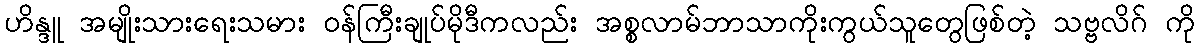
ဟိန္ဒူ အမျိုးသားရေးသမား ဝန်ကြီးချုပ်မိုဒီကလည်း အစ္စလာမ်ဘာသာကိုးကွယ်သူတွေဖြစ်တဲ့ သဗ္ဗလိဂ် ကို